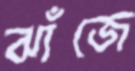
ঝাঁজে